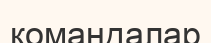
комаңдалар